Annual report on the working of the mental hospitals in the Madras Presidency - 1912-1932
Year: 1912
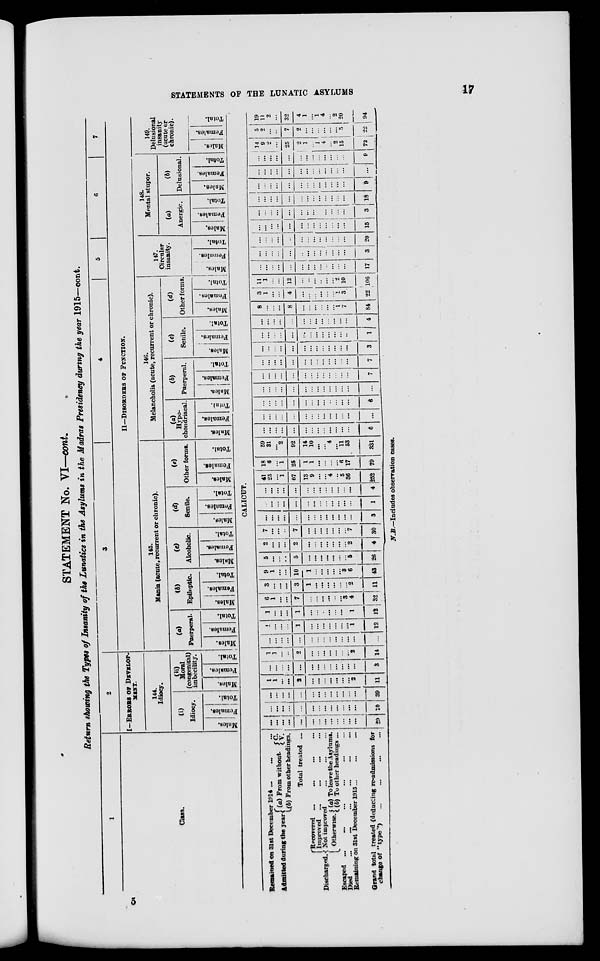
STATEMENTS OF THE LUNATIC ASYLUMS
17
STATEMENT No. VI—cont.
Return showing the Types of Insanity of the Lunatics in the Asylums in the Madras Presidency during the year 1915—cont.
1
Class.
2
I—ERRORS OF DEVELOP-
MENT.
144.
Idiocy.
(i)
Idiocy.
Males.
Females.
Total.
(ii)
Moral
(congenital)
imbecility.
Males.
Females.
Total.
3
4
5
6
7
II—DISORDERS OF FUNCTION.
145.
Mania (acute, recurrent or chronic).
(a)
Puerperal.
Males.
Females.
Total.
(b)
Epileptic.
Males.
Females.
Total.
(c)
Alcoholic.
Males.
Females.
Total.
(d)
Senile.
Males.
Females.
Total.
(e)
Other forms.
Males.
Females.
Total.
146.
Melancholia (acute, recurrent or chronic).
(a)
Hypo-
chondriacal.
Males.
Females.
Total.
(b)
Puerperal.
Males.
Females.
Total.
(c)
Senile.
Males.
Females.
Total.
(d)
Other forms.
Males.
Females.
Total.
147.
Circular
insanity.
Males.
Females.
Total.
148.
Mental stupor.
(a)
Anergic.
Males.
Females.
Total.
(b)
Delusional.
Males.
Females.
Total.
149.
Delusional
insanity
(acute or
chronic).
Males.
Females.
Total.
CALICUT.
Remained on 31st December 1914 ... ... ...
Admitted during the year (a) From without.
C. V.
(b)From other headings.
Total treated ...
Discharged.
Recovered
...
...
...
...
Improved
...
...
...
...
Not improved ... ... ...
Otherwise. (a) To leave the Asylums.
(b) To other headings ...
Escaped ... ... ... ... ... ...
Died ... ... ... ... ... ...
Remaining on 31st December 1915
...
...
...
Grand total treated (deducting re-admissions for
change of "type")
...
...
...
...
...
...
...
...
...
...
...
...
...
...
...
...
...
29
...
...
...
...
...
...
...
...
...
...
...
...
...
10
...
...
...
...
...
...
...
...
...
...
...
...
...
39
1
1
...
...
2
...
...
...
...
...
...
...
2
11
...
...
...
...
...
...
...
...
...
...
...
...
...
3
1
1
...
...
2
...
...
...
...
...
...
...
2
14
...
...
...
...
...
...
...
...
...
...
...
...
...
...
1
...
...
...
1
...
...
...
...
...
...
...
1
12
1
...
...
...
1
...
...
...
...
...
...
...
1
12
6
1
...
...
7
...
...
...
...
...
...
3
4
32
3
...
...
...
3
1
...
...
...
...
...
...
2
11
9
1
...
...
10
1
...
...
...
...
...
3
6
43
5
...
...
...
5
...
...
...
...
...
...
...
5
26
2
...
...
...
2
...
...
...
...
...
...
...
2
4
7
...
...
...
7
...
...
...
...
...
...
...
7
30
...
...
...
...
...
...
...
...
...
...
...
...
...
3
...
...
...
...
...
...
...
...
...
...
...
...
...
1
...
...
...
...
...
...
...
...
...
...
...
...
...
4
41
25
...
1
67
13
9
...
...
4
...
5
36
252
18
6
...
1
25
1
1
...
...
...
...
6
17
79
59
31
...
2
92
14
10
...
...
4
...
11
53
331
...
...
...
...
...
...
...
...
...
...
...
...
...
6
...
...
...
...
...
...
...
...
...
...
...
...
...
...
...
...
...
...
...
...
...
...
...
...
...
...
...
6
...
...
...
...
...
...
...
...
...
...
...
...
...
...
...
...
...
...
...
...
...
...
...
...
...
...
...
7
...
...
...
...
...
...
...
...
...
...
...
...
...
7
...
...
...
...
...
...
...
...
...
...
...
...
...
3
...
...
...
...
...
...
...
...
...
...
...
...
...
1
...
...
...
...
...
...
...
...
...
...
...
...
...
4
8
...
...
...
8
...
...
...
...
...
...
1
7
84
3
1
...
...
4
...
...
...
...
...
...
1
3
22
11
1
...
...
12
...
...
...
...
...
...
2
10
106
...
...
...
...
...
...
...
...
...
...
...
...
...
17
...
...
...
...
...
...
...
...
...
...
...
...
...
3
...
...
...
...
...
...
...
...
...
...
...
...
...
20
...
...
...
...
...
...
...
...
...
...
...
...
...
15
...
...
...
...
...
...
...
...
...
...
...
...
...
3
...
...
...
...
...
...
...
...
...
...
...
...
...
18
...
...
...
...
...
...
...
...
...
...
...
...
...
9
...
...
...
...
...
...
...
...
...
...
...
...
...
...
...
...
...
...
...
...
...
...
...
...
...
...
...
9
14
9
2
...
25
2
1
...
1
4
...
2
15
72
5
2
...
...
7
2
...
...
...
...
...
...
5
22
19
11
2
...
32
4
1
...
1
4
...
2
20
94
N.B.—Includes observation cases.
5